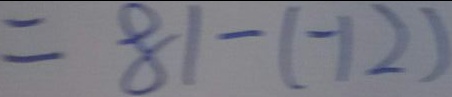
= 8 1 - ( - 1 2 )